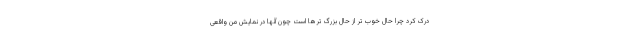
درک کرد چرا حال خوب تر از حال بزرگ ترها است چون آنها در نمایش من واقعی